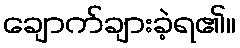
ချောက်ချားခဲ့ရ၏။